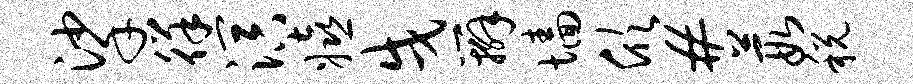
挲徉溟嬉戌辫墙欣#葭税